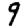
Digit: 9